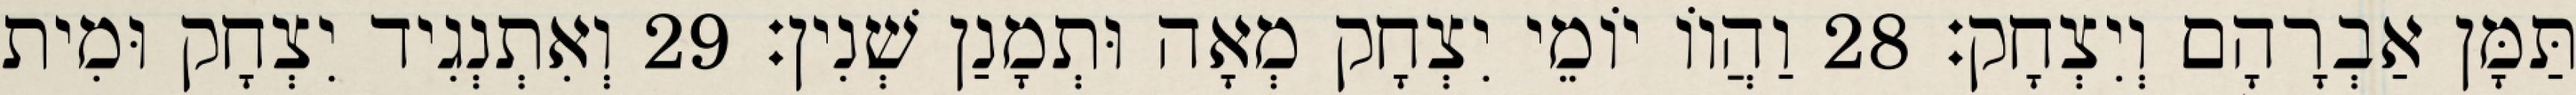
תַּמָּן אַבְרָהָם וְיִצְחָק׃ 28 וַהֲווֹ יוֹמֵי יִצְחָק מְאָה וּתְמָנַן שְׁנִין׃ 29 וְאִתְנְגִיד יִצְחָק וּמִית